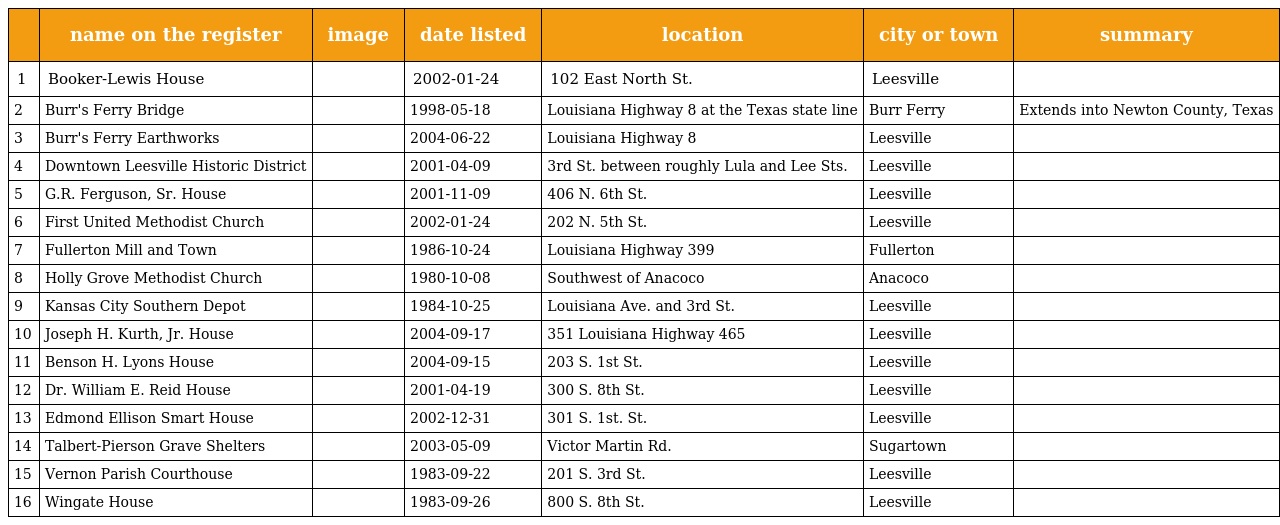
|  | name on the register | image | date listed | location | city or town | summary |
 | --- | --- | --- | --- | --- | --- | --- |
 | 1 | Booker-Lewis House |  | 2002-01-24 | 102 East North St. | Leesville |  |
 | 2 | Burr's Ferry Bridge |  | 1998-05-18 | Louisiana Highway 8 at the Texas state line | Burr Ferry | Extends into Newton County, Texas |
 | 3 | Burr's Ferry Earthworks |  | 2004-06-22 | Louisiana Highway 8 | Leesville |  |
 | 4 | Downtown Leesville Historic District |  | 2001-04-09 | 3rd St. between roughly Lula and Lee Sts. | Leesville |  |
 | 5 | G.R. Ferguson, Sr. House |  | 2001-11-09 | 406 N. 6th St. | Leesville |  |
 | 6 | First United Methodist Church |  | 2002-01-24 | 202 N. 5th St. | Leesville |  |
 | 7 | Fullerton Mill and Town |  | 1986-10-24 | Louisiana Highway 399 | Fullerton |  |
 | 8 | Holly Grove Methodist Church |  | 1980-10-08 | Southwest of Anacoco | Anacoco |  |
 | 9 | Kansas City Southern Depot |  | 1984-10-25 | Louisiana Ave. and 3rd St. | Leesville |  |
 | 10 | Joseph H. Kurth, Jr. House |  | 2004-09-17 | 351 Louisiana Highway 465 | Leesville |  |
 | 11 | Benson H. Lyons House |  | 2004-09-15 | 203 S. 1st St. | Leesville |  |
 | 12 | Dr. William E. Reid House |  | 2001-04-19 | 300 S. 8th St. | Leesville |  |
 | 13 | Edmond Ellison Smart House |  | 2002-12-31 | 301 S. 1st. St. | Leesville |  |
 | 14 | Talbert-Pierson Grave Shelters |  | 2003-05-09 | Victor Martin Rd. | Sugartown |  |
 | 15 | Vernon Parish Courthouse |  | 1983-09-22 | 201 S. 3rd St. | Leesville |  |
 | 16 | Wingate House |  | 1983-09-26 | 800 S. 8th St. | Leesville |  |